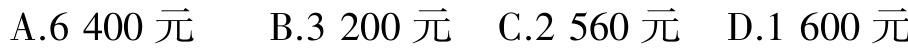
A.6 400 元  B.3 200 元  C.2 560 元  D.1 600 元